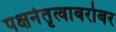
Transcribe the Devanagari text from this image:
पक्षनेतृत्वाबरोबर